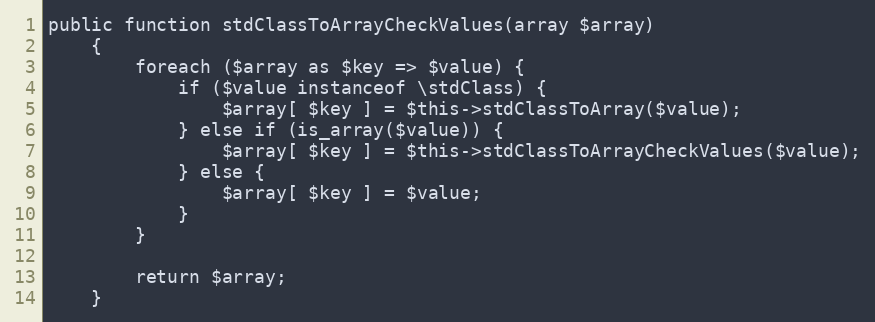
Language: PHP
public function stdClassToArrayCheckValues(array $array)
    {
        foreach ($array as $key => $value) {
            if ($value instanceof \stdClass) {
                $array[ $key ] = $this->stdClassToArray($value);
            } else if (is_array($value)) {
                $array[ $key ] = $this->stdClassToArrayCheckValues($value);
            } else {
                $array[ $key ] = $value;
            }
        }

        return $array;
    }